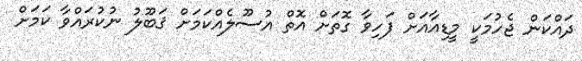
ދައްކަން ޖެހުމަކީ މީޑިއާއަށް ފަހިވާ ގޮތަށް އޮތް އުސޫލެއްކަމަށް ޤަބޫލު ނުކުރައްވާ ކަމަށް